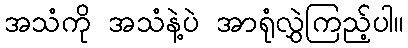
အသံကို အသံနဲ့ပဲ အာရုံလွှဲကြည့်ပါ။